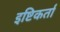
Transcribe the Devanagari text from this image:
इष्टिकर्ता